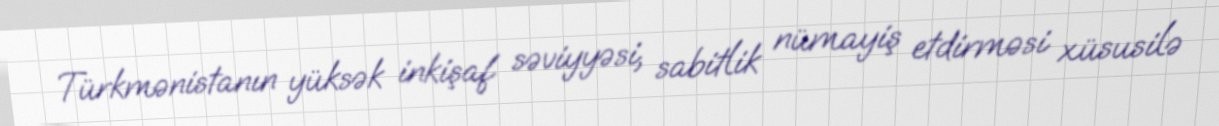
Türkmənistanın yüksək inkişaf səviyyəsi, sabitlik nümayiş etdirməsi xüsusilə